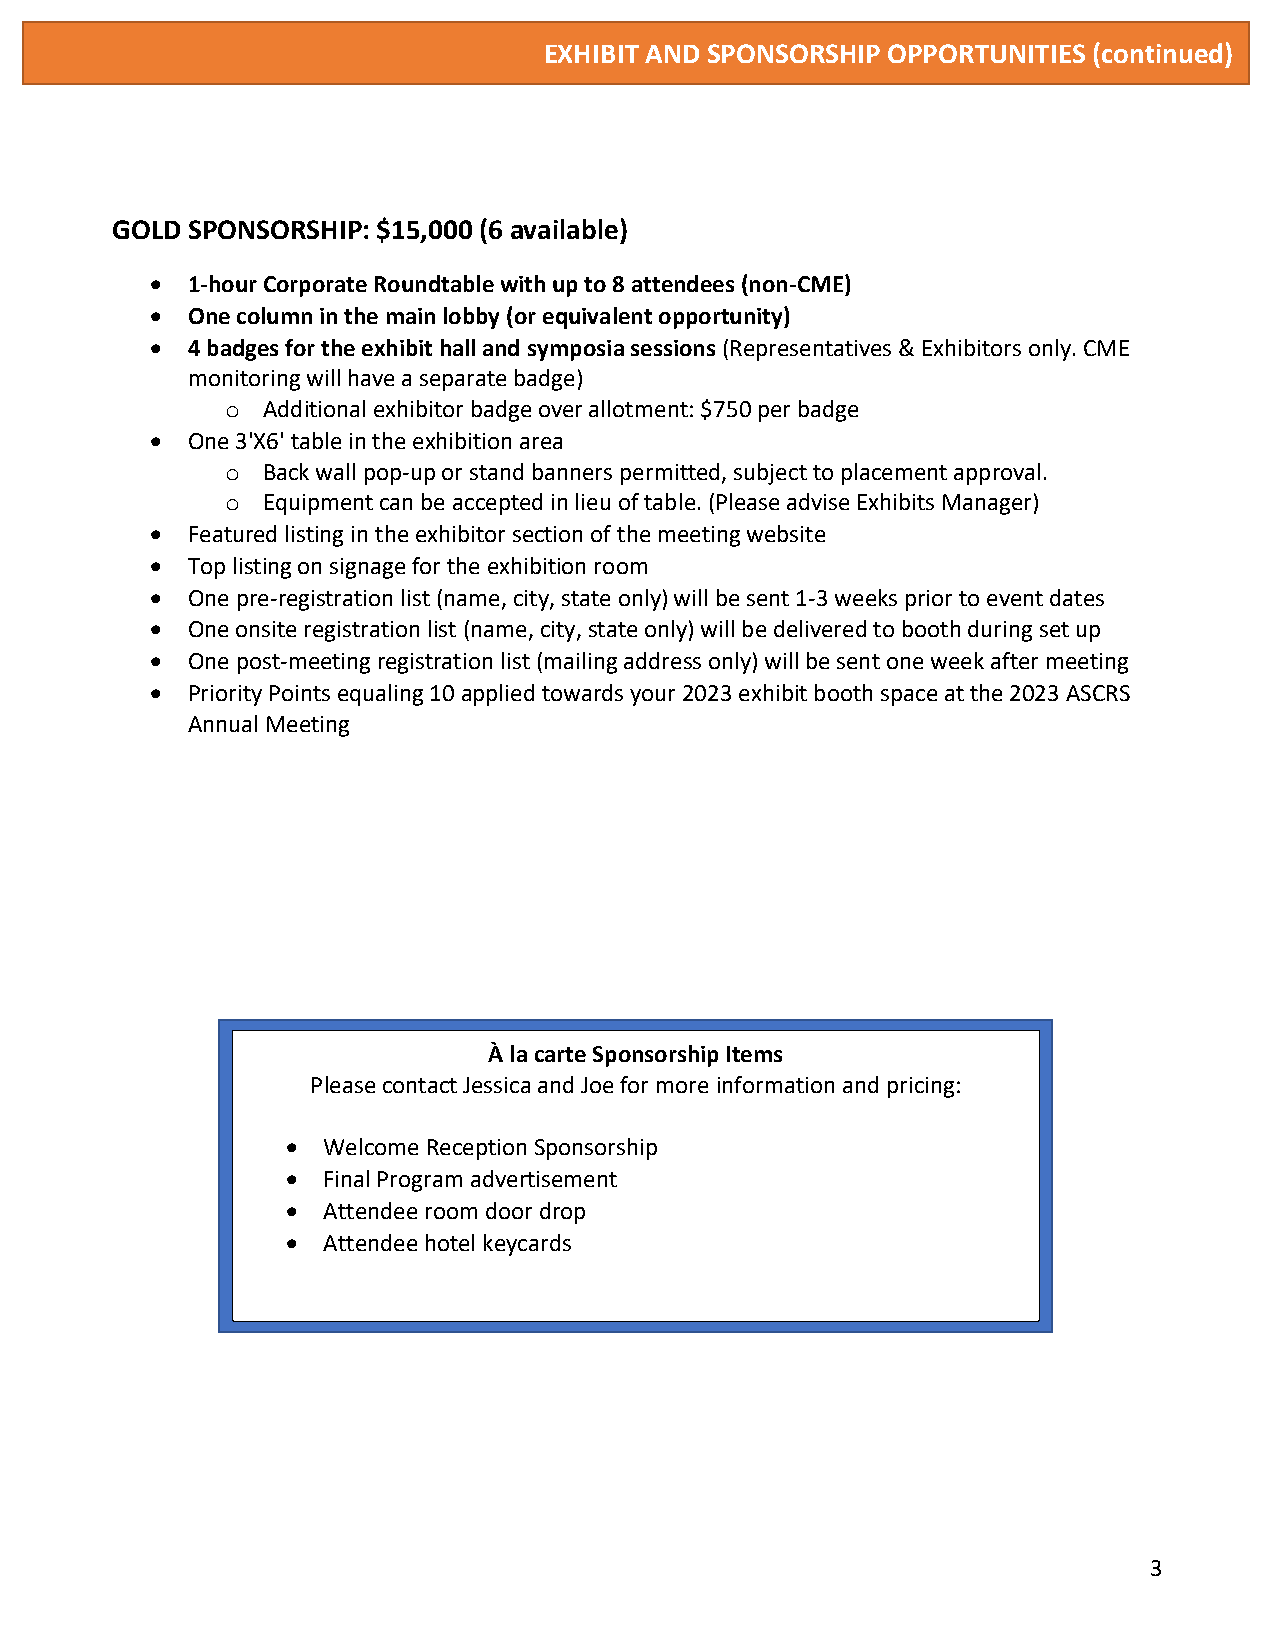
EXHIBIT AND SPONSORSHIP OPPORTUNITIES (continued)
 GOLD SPONSORSHIP: $15,000 (6 available)
 • 1-hour Corporate Roundtable with up to 8 attendees (non-CME)
 • One column in the main lobby (or equivalent opportunity)
 • 4 badges for the exhibit hall and symposia sessions (Representatives & Exhibitors only. CME
 monitoring will have a separate badge)
 Additional exhibitor badge over allotment: $750 per badge
 o
 • One 3'X6' table in the exhibition area
 Back wall pop-up or stand banners permitted, subject to placement approval.
 o
 Equipment can be accepted in lieu of table. (Please advise Exhibits Manager)
 o
 • Featured listing in the exhibitor section of the meeting website
 • Top listing on signage for the exhibition room
 • One pre-registration list (name, city, state only) will be sent 1-3 weeks prior to event dates
 • One onsite registration list (name, city, state only) will be delivered to booth during set up
 • One post-meeting registration list (mailing address only) will be sent one week after meeting
 • Priority Points equaling 10 applied towards your 2023 exhibit booth space at the 2023 ASCRS
 Annual Meeting
 À la carte Sponsorship Items
 Please contact Jessica and Joe for more information and pricing:
 • Welcome Reception Sponsorship
 • Final Program advertisement
 • Attendee room door drop
 • Attendee hotel keycards
 3